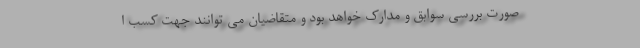
صورت بررسی سوابق و مدارک خواهد بود و متقاضیان می توانند جهت کسب ا